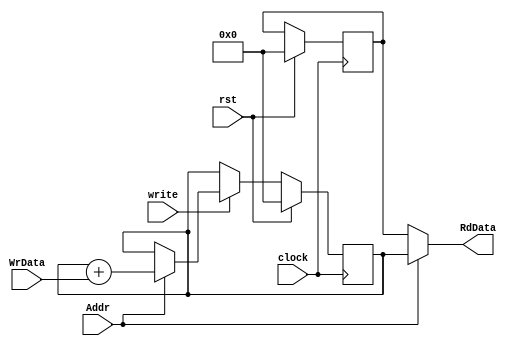
module RegisterII (
	input clock, rst, write,
	input Addr,
	input [4:0] WrData,
	output [4:0] RdData
	);
	reg [4:0] reg0, reg1;	//points
	
	// Set first memory block to always be zero
	initial
	begin
		reg0 <= 0;
	end
	
	// Use conditional logic to assign the value stored at the RdAddress
	// of the two read Buses		00-row0, 01-row1,...
	assign RdData = Addr == 1'b0 ? reg0 :
						 Addr == 1'b1 ? reg1 : 0;
						  

	// On clock cycles if the write bit is high, then change the register
	// at specified address to the new data value
	always @ (posedge clock)
	begin
		if(rst==1'b1)
		begin
			reg0<=4'b0000;
			reg1<=4'b0000;
		end
		else
		begin
		if (write)
		begin
			case (Addr)
//				1'b0 : begin
//					reg0 <= WrData;
//				end
				1'b1 : begin
					reg1<=reg1+WrData;
				end
			endcase
		end
		end
	end
	
endmodule